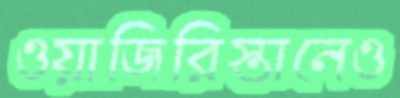
ওয়াজিরিস্তানেও